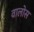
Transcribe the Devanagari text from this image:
वालोस